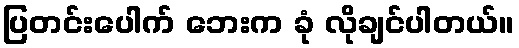
ပြတင်းပေါက် ဘေးက ခုံ လိုချင်ပါတယ်။